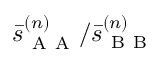
\bar { s } _ { \mathrm { ~ A ~ A ~ } } ^ { ( n ) } / \bar { s } _ { \mathrm { ~ B ~ B ~ } } ^ { ( n ) }